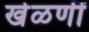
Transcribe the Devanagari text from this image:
खेळणीं